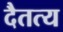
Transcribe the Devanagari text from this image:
दैतत्य